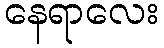
နေရာလေး